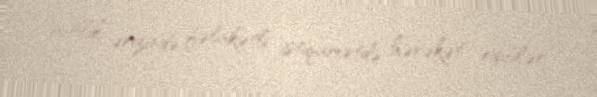
onillik ərizində fəlakətli istiqamətdə hərəkət ediblər.